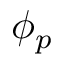
\phi _ { p }